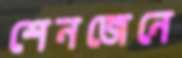
শেনজেনে